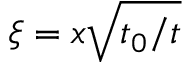
\xi = x \sqrt { t _ { 0 } / t }